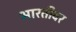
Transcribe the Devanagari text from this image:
भारतीवर